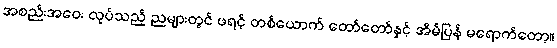
အစည်းအဝေး လုပ်သည့် ညများတွင် ဖရင့် တစ်ယောက် တော်တော်နှင့် အိမ်ပြန် မရောက်တော့။